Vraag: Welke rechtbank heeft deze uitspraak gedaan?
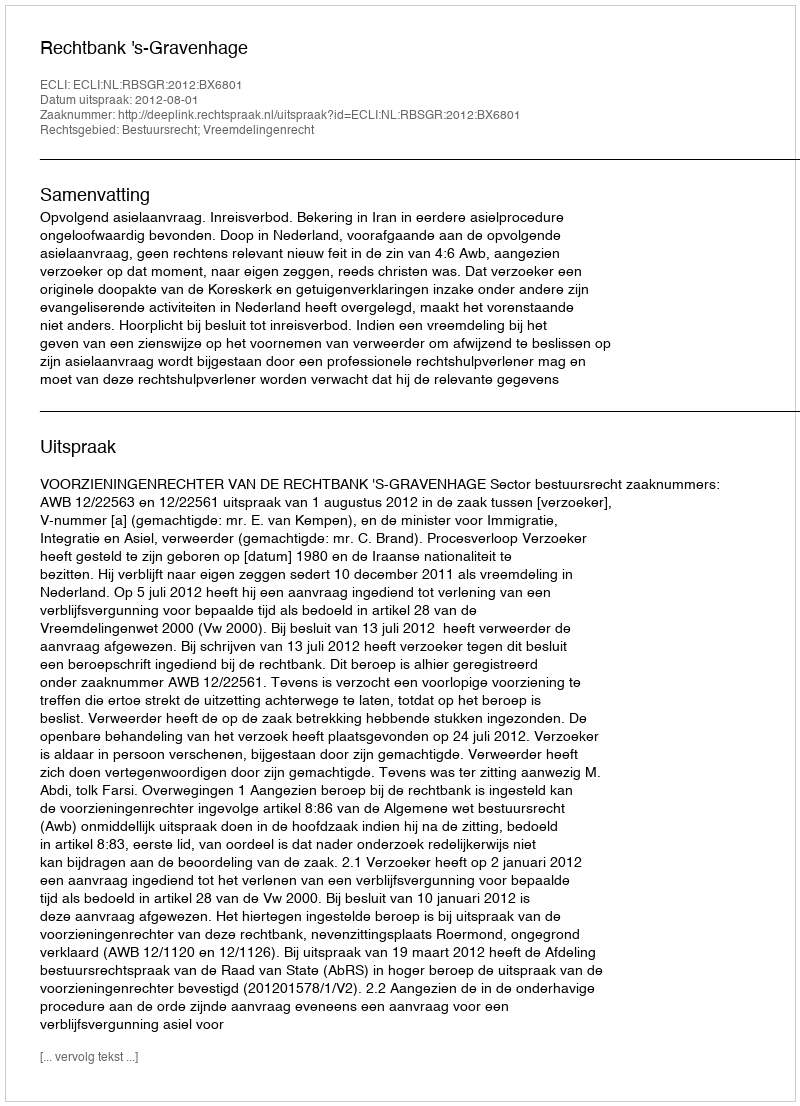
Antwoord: Rechtbank 's-Gravenhage